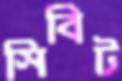
সিবিট